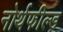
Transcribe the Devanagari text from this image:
नोर्थफील्ड